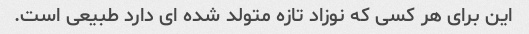
این برای هر کسی که نوزاد تازه متولد شده ای دارد طبیعی است.